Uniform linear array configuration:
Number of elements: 8
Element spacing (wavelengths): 0.75
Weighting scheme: uniform
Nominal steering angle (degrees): -45
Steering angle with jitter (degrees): -43.313
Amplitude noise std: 0.05
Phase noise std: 0.05

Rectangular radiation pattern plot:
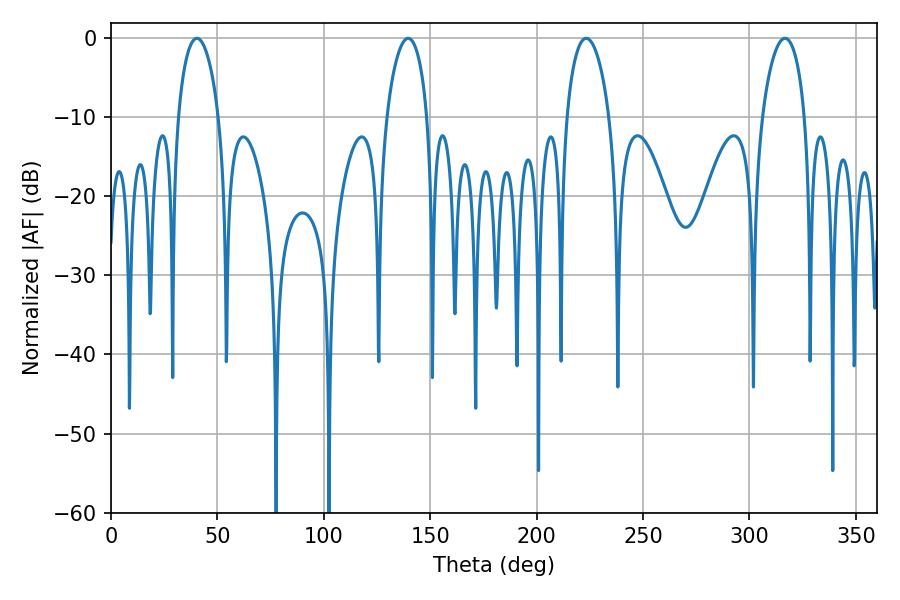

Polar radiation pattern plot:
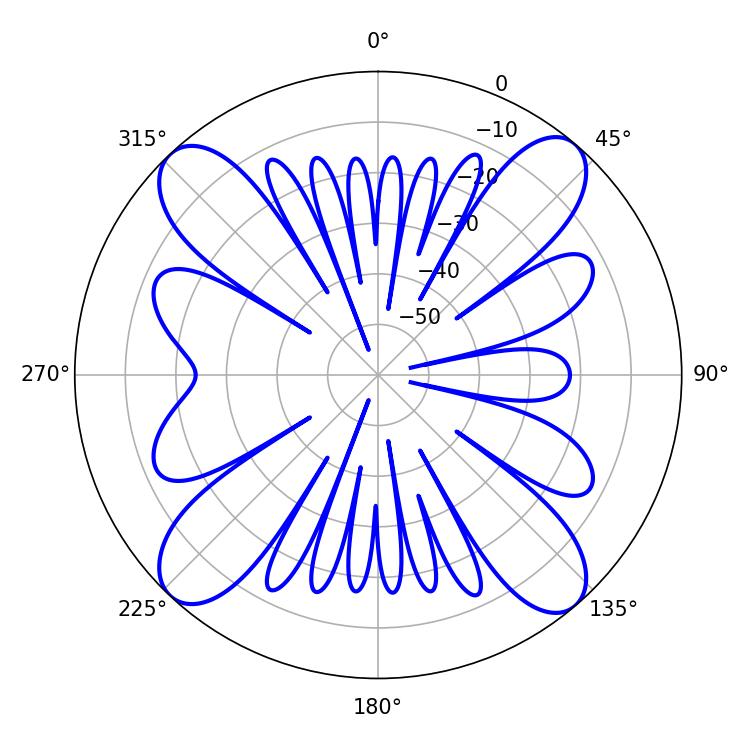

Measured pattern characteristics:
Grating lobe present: TRUE
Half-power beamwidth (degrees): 10.98
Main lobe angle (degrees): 40.32